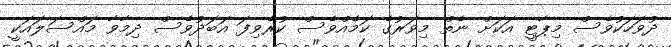
ދުވަހަކުވެސް މިޕާޓީ އަކަށް ނެތް މިވަރުގެ ކަމެއްވެސް ކުރެވިފަ އަބަދުވެސް ދިމާވާ މައްސަލައަކީ